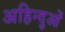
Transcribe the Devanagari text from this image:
अहिन्दुओं